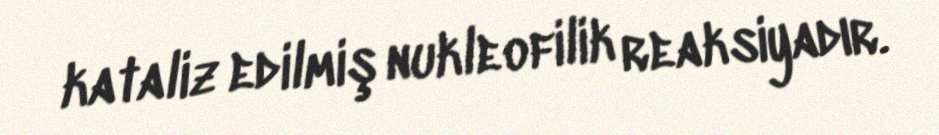
kataliz edilmiş nukleofilik reaksiyadır.